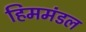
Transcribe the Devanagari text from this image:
हिममंडल